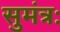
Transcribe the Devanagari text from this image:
सुमंत्रः